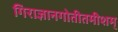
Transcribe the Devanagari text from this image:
गिराज्ञानगोतीतमीशम्